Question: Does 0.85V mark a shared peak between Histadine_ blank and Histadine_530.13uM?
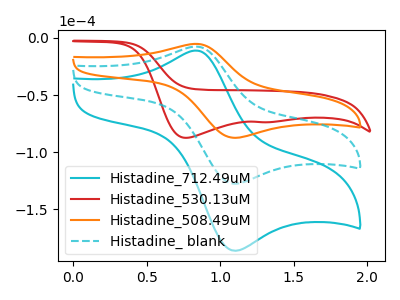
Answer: <think>The cyan curve "Histadine_712.49uM" has an anodic peak at (0.85V, -15.15uA) and a cathodic peak at (1.10V, -255.10uA). The red curve "Histadine_530.13uM" has cathodic peaks at (0.75V, -87.45uA) (1.30V, -73.75uA). The orange curve "Histadine_508.49uM" has an anodic peak at (0.85V, -5.20uA) and a cathodic peak at (1.10V, -87.40uA). The cyan dashed curve "Histadine_ blank" has an anodic peak at (0.85V, -7.55uA) and a cathodic peak at (1.10V, -127.55uA).</think>
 <answer>No, "Histadine_ blank" and "Histadine_530.13uM" dont share a peak at 0.85V.</answer>
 <eval>mismatch</eval>